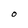
Character: O